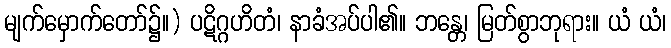
မျက်မှောက်တော်၌။) ပဋိဂ္ဂဟိတံ၊ နာခံအပ်ပါ၏။ ဘန္တေ၊ မြတ်စွာဘုရား။ ယံ ယံ၊